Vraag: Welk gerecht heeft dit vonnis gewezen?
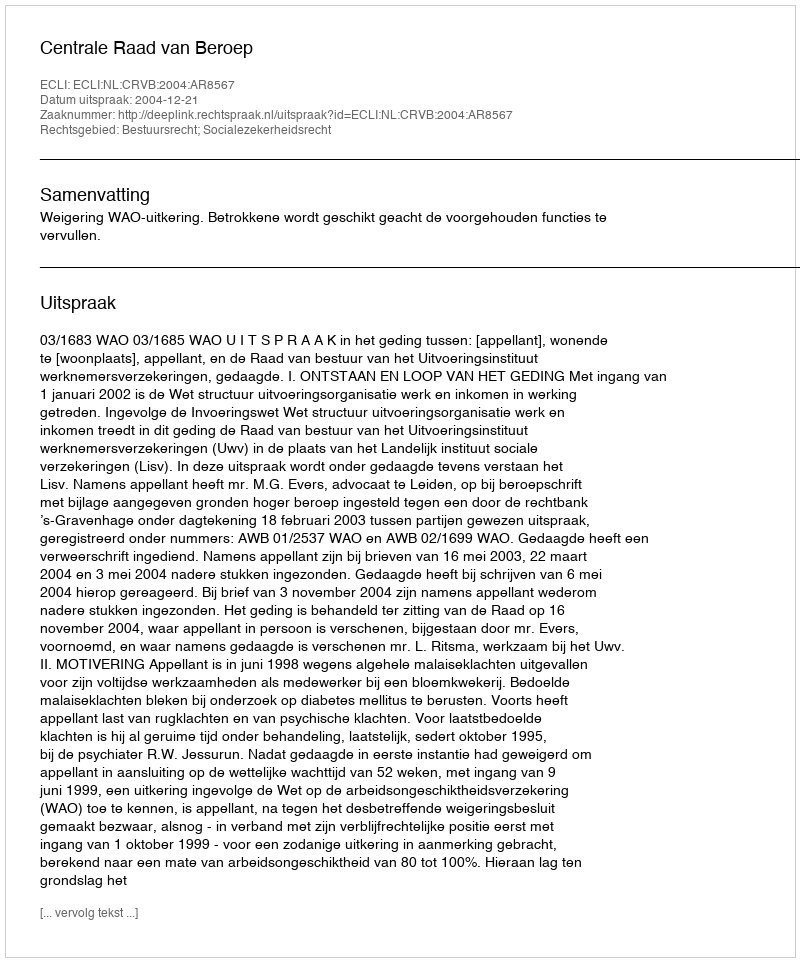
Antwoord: Centrale Raad van Beroep